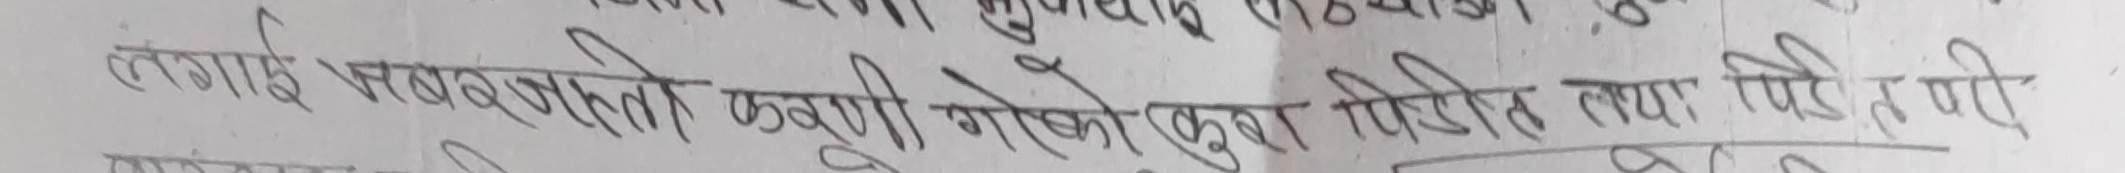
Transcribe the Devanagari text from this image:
लगाइ भन्नुहोतो कहुनी गरेको कुरा पिडित तथा पिडित